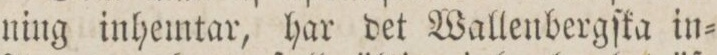
ning inhemtar, har det Wallenbergſka in=